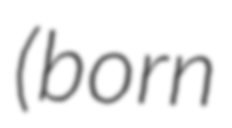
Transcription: (born